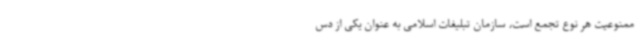
ممنوعیت هر نوع تجمع است، سازمان تبلیغات اسلامی به عنوان یکی از دس